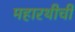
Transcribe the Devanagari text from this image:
महारथीची